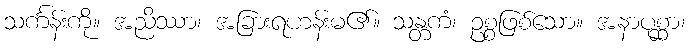
သင်္ကန်းကို။ အညိဿာ၊ အခြားရဟန်းမ၏။ သန္တကံ၊ ဥစ္စဖြစ်သော။ အနာပုစ္ဆာ၊